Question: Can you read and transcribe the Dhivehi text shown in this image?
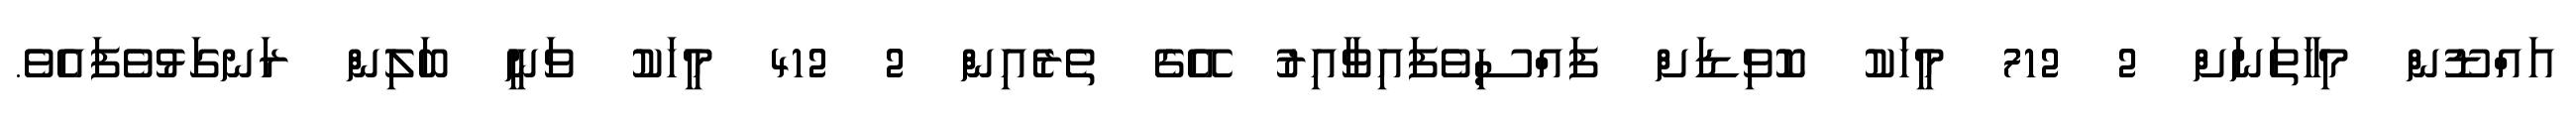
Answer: އައްޑޫން މިހާތަނަށް 2 712 މީހަކު ކޮވިޑަށް ފައްސިވެފައިވާއިރު އޭގެ ތެރެއިން 2 412 މީހަކު ވަނީ ބަލިން ރަނގަޅުވެފައެވެ.